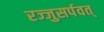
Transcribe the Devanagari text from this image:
रज्जुसर्पवत्